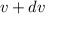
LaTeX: { \boldsymbol { v } } + d { \boldsymbol { v } }